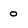
Character: 0